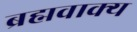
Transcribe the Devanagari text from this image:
ब्रह्मवाक्‍य